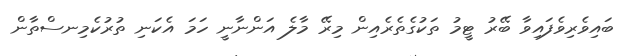
ބައިވެރިވެފައިވާ ބޭރު ޓީމު ތަކުގެތެރެއިން މިރޭ މާލެ އަންނާނީ ހަމަ އެކަނި ތުރުކެމިނސްތާން